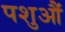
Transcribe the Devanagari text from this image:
पशुऔं